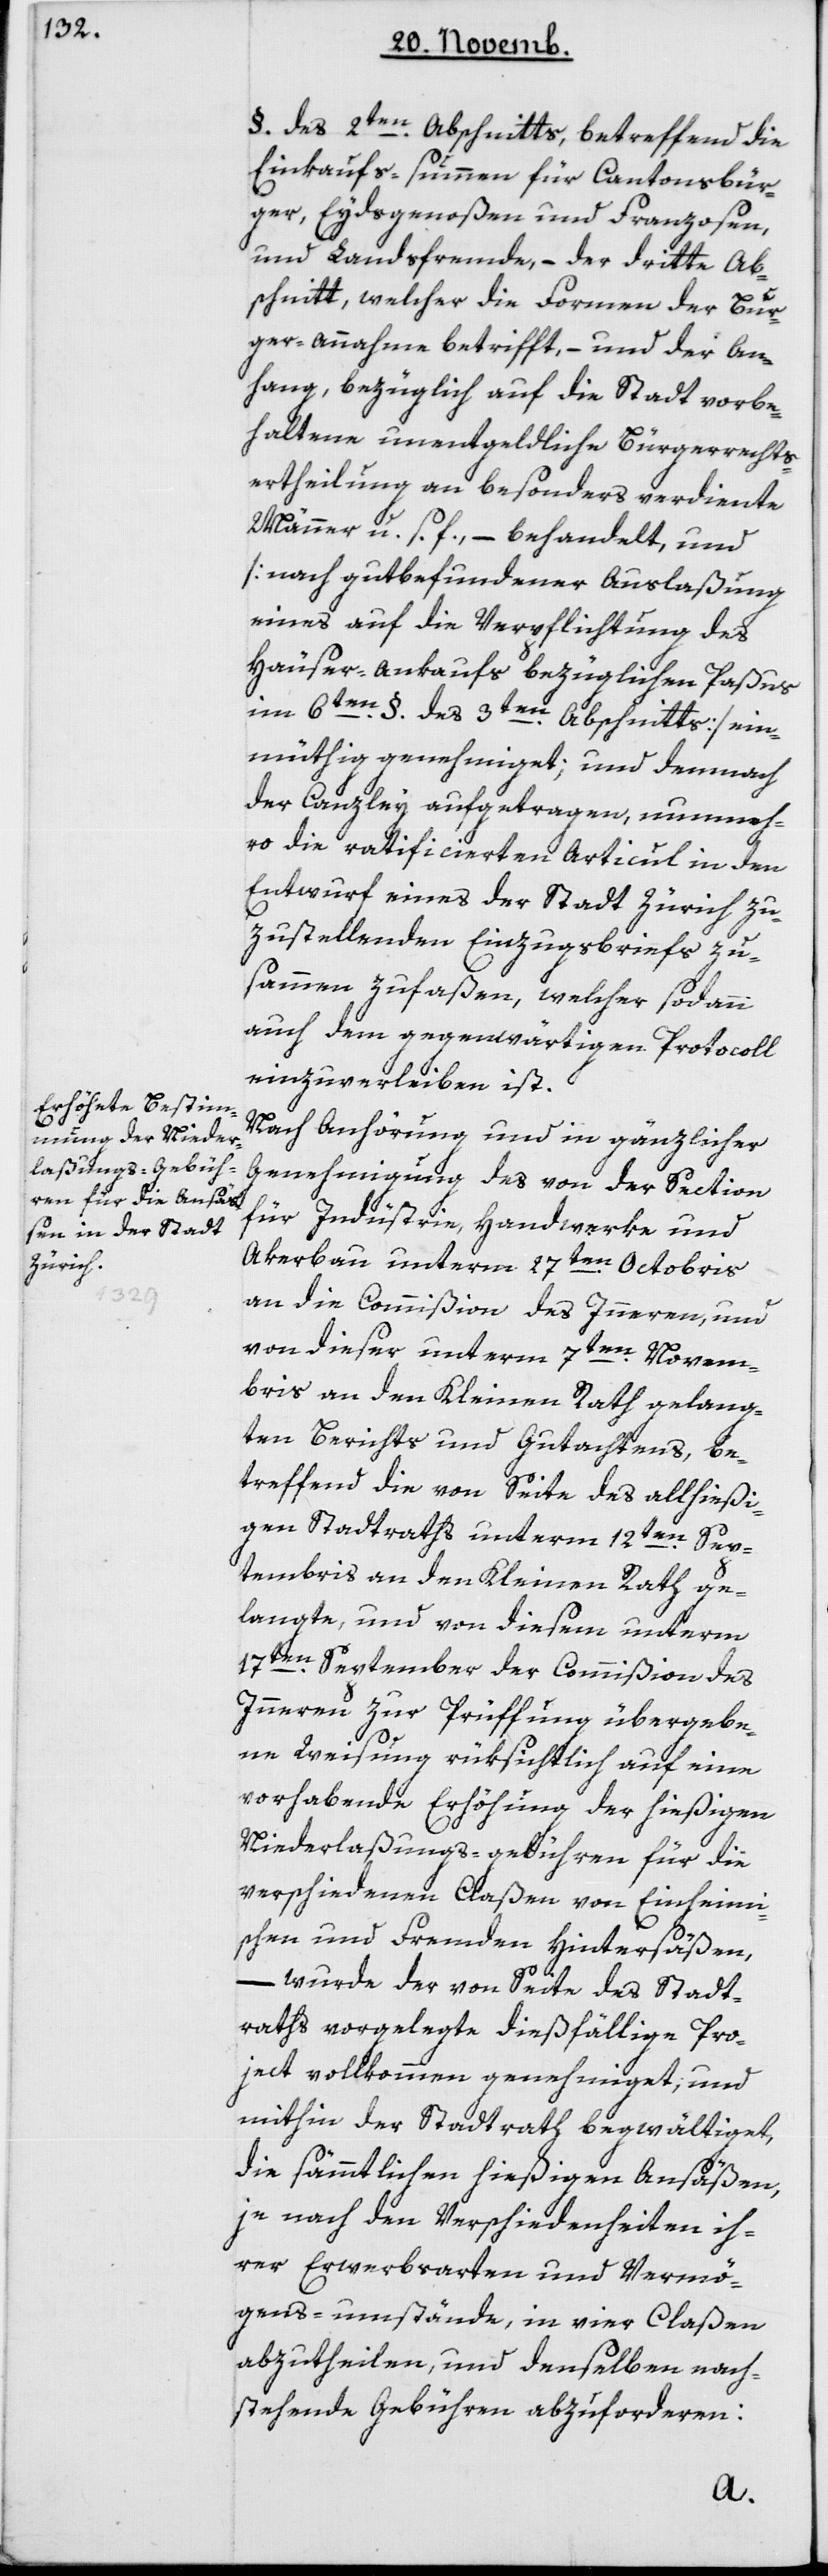
von Seite des Stadt¬

§ des 2ten Abschnitts, betreffend die
Einkaufs-Summen für Kantonsbür¬
ger, Eydsgenoßen und Franzosen,
und Landsfremde, – der dritte Ab¬
schnitt, welcher die Formen der Bür¬
gerannahme betrifft, – und der An¬
hang, bezüglich auf die Stadt vorbe¬
haltene unentgeldliche Bürgerrechts-E¬
rtheilung an besonders verdiente
Männer u. s. f., – behandelt, und
[nach gut befundener Auslaßung
eines auf die Verpflichtung des
Häuser-Ankaufs bezüglichen Paßus
im 6ten § des 3ten Abschnitts] ein¬
müthig genehmiget; und demnach
der Canzley aufgetragen, nunmeh¬
ro die ratificierten Articul in den
Entwurf eines der Stadt Zürich zu¬
zustellenden Einzugsbriefs zu¬
sammen zu faßen, welcher sodann
auch dem gegenwärtigen Protocoll
einzuverleiben ist.
Nach Anhörung und in gänzlicher
Genehmigung des von der Section
für Industrie, Handwerke und
Akerbau unterm 27ten Octobris
an die Commißion des Innern und
von dieser unterm 7ten Novem¬
bris an den Kleinen Rath gelang¬
ten Berichts und Gutachtens, be¬
treffend die von Seite des allhießi¬
gen Stadtraths unterm 12ten Sep¬
tembris an den Kleinen Rath ge¬
langte, und von diesem unterm
17ten September der Commißion des
Innern zur Prüffung übergebe¬
ne Weisung rüksichtlich auf eine
vorhabende Erhöhung der hießigen
Niederlaßungs-gebühren für die
verschiedenen Claßen von einheimi¬
schen und Fremden Hintersäßen,
raths vorgelegte diesfällige Pro¬
ject vollkommen genehmiget, und
mithin der Stadtrath begwältiget,
die sämmtlichen hießigen Ansäßen,
je nach den Verschiedenheiten ih¬
rer Erwerbsarten und Vermö¬
gens-umstände, in vier Claßen
abzutheilen und denselben nach¬
stehende Gebühren abzufordern: